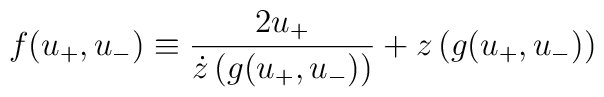
f(u_+,u_-)\equiv\frac{2u_{+}}{\dot{z}\left( g(u_+,u_-)\right) }+z\left( g(u_+,u_-)\right)